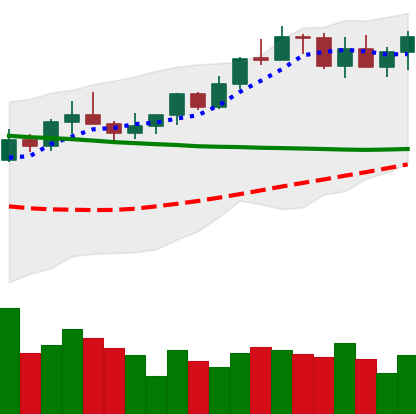
Ticker: XMR-USD
Chart end date: 2022-04-04
Forward return: 8.231%
Label: up_7plus